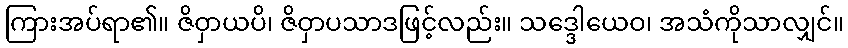
ကြားအပ်ရာ၏။ ဇိဝှာယပိ၊ ဇိဝှာပသာဒဖြင့်လည်း။ သဒ္ဒေါယေဝ၊ အသံကိုသာလျှင်။